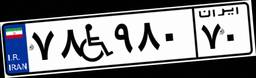
۷۸W۹۸۰۷۰